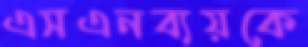
এসএনব্যয়কে